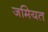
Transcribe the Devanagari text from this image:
जमियत